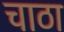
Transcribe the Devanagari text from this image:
चाठा